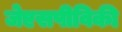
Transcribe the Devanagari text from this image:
जेएसपीविकी